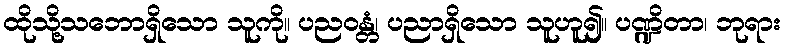
ထိုသို့သဘောရှိသော သူကို။ ပညဝန္တံ၊ ပညာရှိသော သူဟူ၍။ ပဏ္ဍိတာ၊ ဘုရား